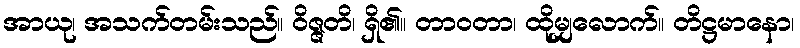
အာယု၊ အသက်တမ်းသည်။ ဝိဇ္ဇတိ၊ ရှိ၏။ တာဝတာ၊ ထိုမျှလောက်။ တိဋ္ဌမာနော၊